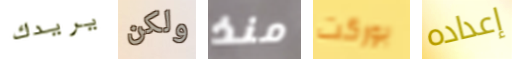
يريدك ولكن منذ بوركت إعداده